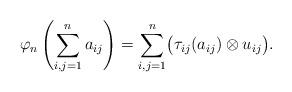
LaTeX: \begin{align*}\varphi_n\left(\sum_{i,j=1}^na_{ij}\right)=\sum_{i,j=1}^n\bigl(\tau_{ij}(a_{ij})\otimes u_{ij}\bigr).\end{align*}